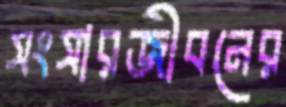
সংসারজীবনের